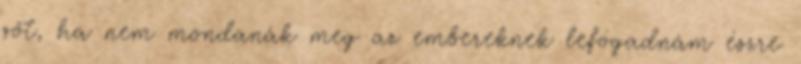
sőt, ha nem mondanák meg az embereknek lefogadnám észre